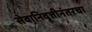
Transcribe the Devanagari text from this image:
सेवानिवृत्तीनंतरचा